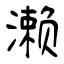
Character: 濑